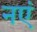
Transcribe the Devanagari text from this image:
नएं